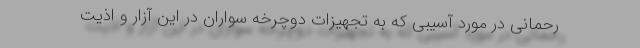
رحمانی در مورد آسیبی که به تجهیزات دوچرخه سواران در این آزار و اذیت